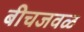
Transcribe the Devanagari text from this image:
बीचजवळ